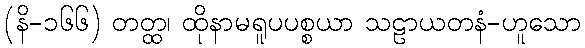
(နိ-၁၆၆) တတ္ထ၊ ထိုနာမရူပပစ္စယာ သဠာယတနံ-ဟူသော